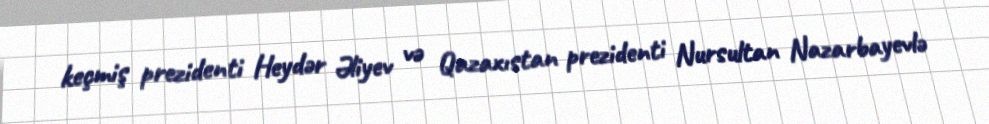
keçmiş prezidenti Heydər Əliyev və Qazaxıstan prezidenti Nursultan Nazarbayevlə